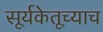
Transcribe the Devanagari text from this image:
सूर्यकेतूच्याच